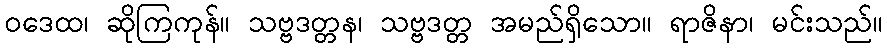
ဝဒေထ၊ ဆိုကြကုန်။ သဗ္ဗဒတ္တန၊ သဗ္ဗဒတ္တ အမည်ရှိသော။ ရာဇိနာ၊ မင်းသည်။